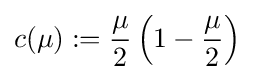
c(\mu ):={\frac {\mu }{2}}\left(1-{\frac {\mu }{2}}\right)